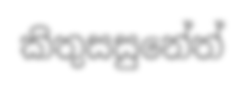
කිතුසසුනේත්